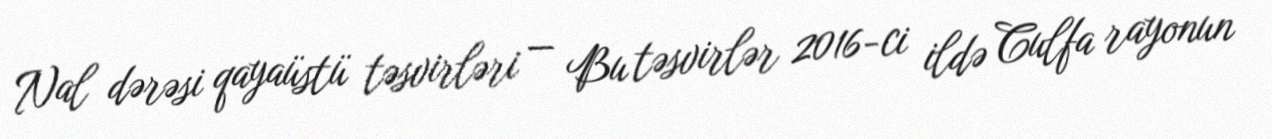
Nal dərəsi qayaüstü təsvirləri — Bu təsvirlər 2016-ci ildə Culfa rayonun